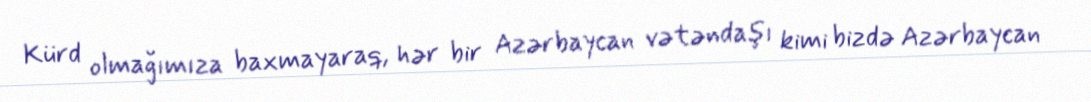
Kürd olmağımıza baxmayaraq, hər bir Azərbaycan vətəndaşı kimi bizdə Azərbaycan